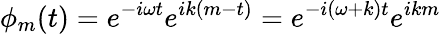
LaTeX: \phi_{m}(t)=e^{-i\omega t}e^{ik(m-t)}=e^{-i(\omega+k)t}e^{ikm}